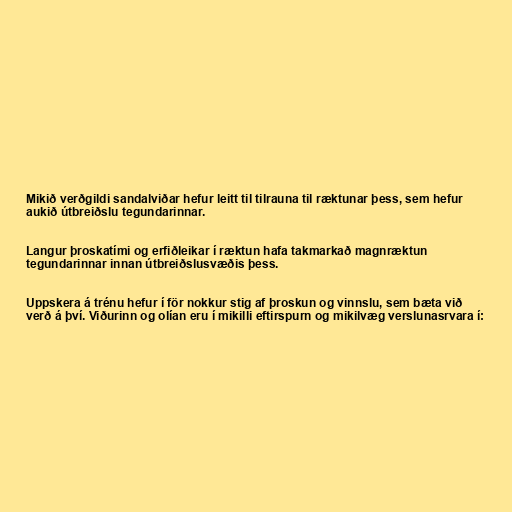
Mikið verðgildi sandalviðar hefur leitt til tilrauna til ræktunar þess, sem hefur
aukið útbreiðslu tegundarinnar.

Langur þroskatími og erfiðleikar í ræktun hafa takmarkað magnræktun
tegundarinnar innan útbreiðslusvæðis þess.

Uppskera á trénu hefur í för nokkur stig af þroskun og vinnslu, sem bæta við
verð á því. Viðurinn og olían eru í mikilli eftirspurn og mikilvæg verslunasrvara í: